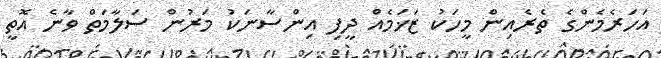
އަހަރެމެންގެ ތެރެއިން މީހަކު ޒަޚަމެއް ދީފި އިންސާނަކު މަރުން ސަލާމަތް ވާނެ އޮތީ